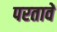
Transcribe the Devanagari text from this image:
परतावें